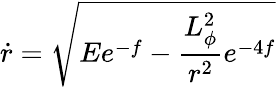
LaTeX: \dot{r}=\sqrt{Ee^{-f}-\frac{L_{\phi}^{2}}{r^{2}}e^{-4f}}